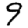
Digit: 9